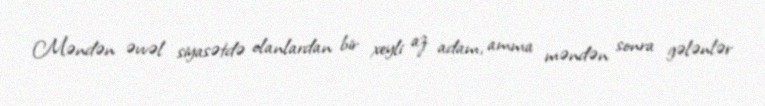
Məndən əvvəl siyasətdə olanlardan bir xeyli az adam, amma məndən sonra gələnlər